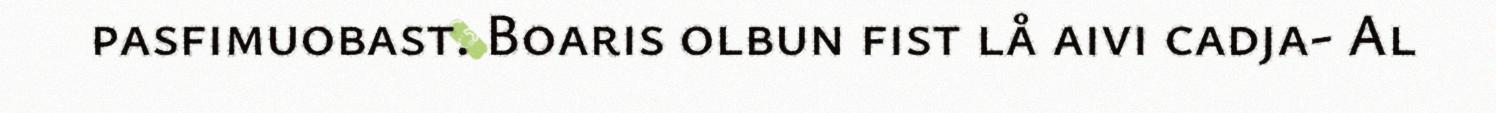
pasfimuobast. Boaris olbun fist lå aivi cadja- Al